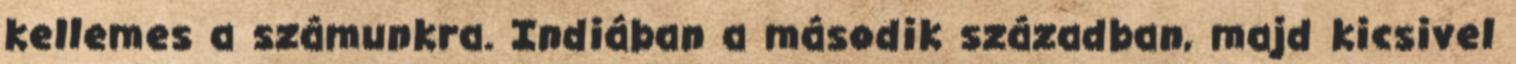
kellemes a számunkra. Indiában a második században, majd kicsivel